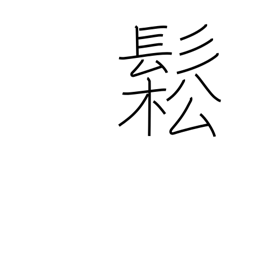
Meaning: dishevelled